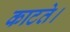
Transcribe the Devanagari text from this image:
काटते।